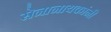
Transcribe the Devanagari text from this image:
सेनानायकांनी